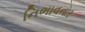
નિભાવનાર